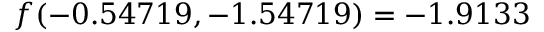
f ( - 0 . 5 4 7 1 9 , - 1 . 5 4 7 1 9 ) = - 1 . 9 1 3 3